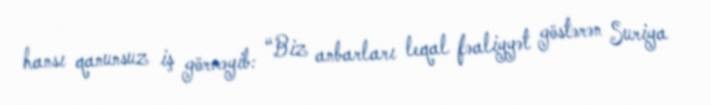
hansı qanunsuz iş görməyib: “Biz anbarları leqal fəaliyyət göstərən Suriya